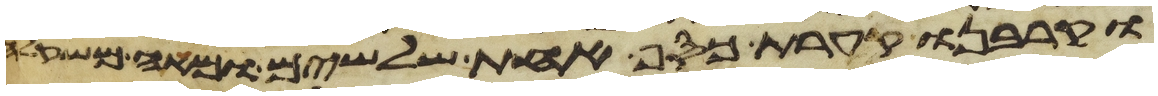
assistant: וקרבנו קערת כסף אחת שלשים ומאה משקלה